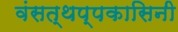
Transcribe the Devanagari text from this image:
वंसत्थप्पकासिनी